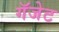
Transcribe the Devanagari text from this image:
गॅजेट